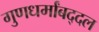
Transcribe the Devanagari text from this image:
गुणधर्मांबद्दल